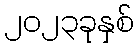
၂၀၂၃ခုနှစ်